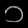
Digit: ၁